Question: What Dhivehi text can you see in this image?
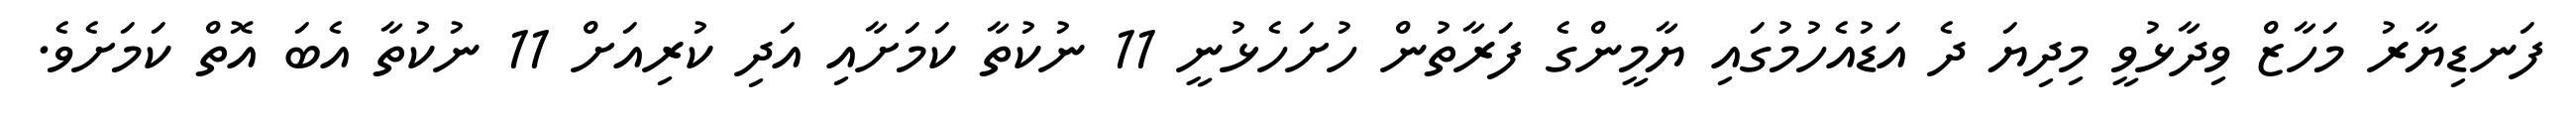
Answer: ފަނޑިޔާރު މަހާޒް ވިދާޅުވީ މިދިޔަ ދެ އަޑުއެހުމުގައި ޔާމީންގެ ފަރާތުން ހުށަހެޅުނީ 11 ނުކުތާ ކަމަށާއި އަދި ކުރިއަށް 11 ނުކުތާ އެބަ އޮތް ކަމަށެވެ.